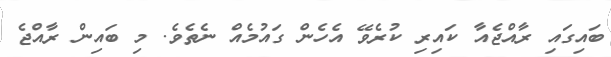
ބައިގައި ރާއްޖެއާ ކައިރި ކުރެވޭ އެހެން ގައުމެއް ނެތެވެ. މި ބައިން ރާއްޖެ